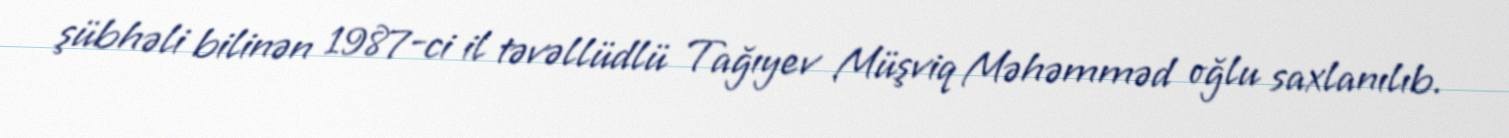
şübhəli bilinən 1987-ci il təvəllüdlü Tağıyev Müşviq Məhəmməd oğlu saxlanılıb.